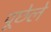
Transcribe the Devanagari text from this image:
पूछेले